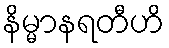
နိမ္မာနရတီဟိ